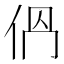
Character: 𠈕